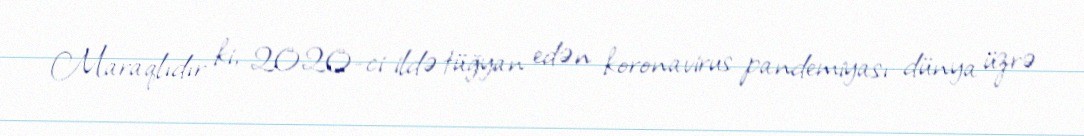
Maraqlıdır ki, 2020-ci ildə tüğyan edən koronavirus pandemiyası dünya üzrə